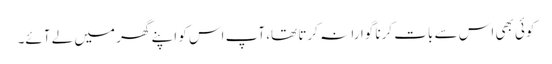
کوئی بھی اس سے بات کرنا گوارا نہ کرتا تھا، آپ اس کو اپنے گھر میں لے آئے۔